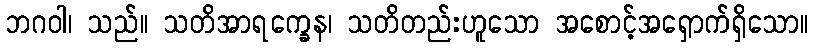
ဘဂဝါ၊ သည်။ သတိအာရက္ခေန၊ သတိတည်းဟူသော အစောင့်အရှောက်ရှိသော။